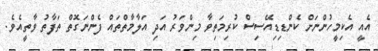
އެއީ އެކިމީހުންނަށް ކެންޑިޑިއޭސިސް ކުރިމަތިވާ މިންވަރު އަދި އަލާމާތްތައް ފެންނަގޮތް ތަފާތު ވާތީއެވެ.